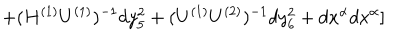
LaTeX: + ( H ^ { ( 1 ) } U ^ { ( 1 ) } ) ^ { - 1 } d y _ { 5 } ^ { 2 } + ( U ^ { ( 1 ) } U ^ { ( 2 ) } ) ^ { - 1 } d y _ { 6 } ^ { 2 } + d x ^ { \alpha } d x ^ { \alpha } ]